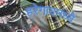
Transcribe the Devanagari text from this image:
हरेगावमध्ये